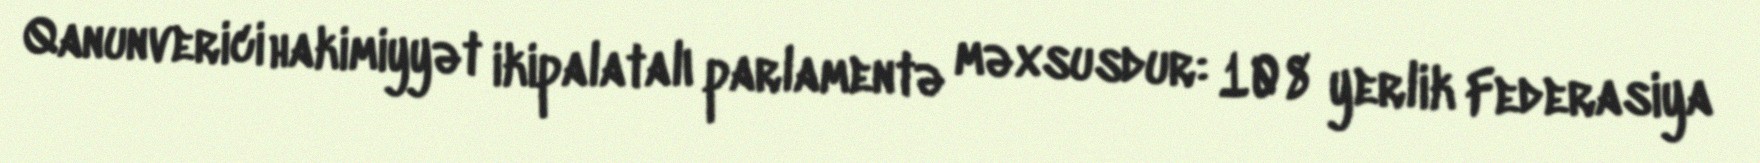
Qanunverici hakimiyyət ikipalatalı parlamentə məxsusdur: 108 yerlik Federasiya